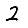
Digit: 2